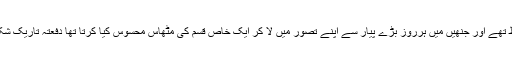
گزشتہ ملاقاتوں کے جتنے نقوش میرے دل و دماغ میں محفوظ تھے اور جنھیں میں ہرروز بڑے پیار سے اپنے تصور میں لا کر ایک خاص قسم کی مٹھاس محسوس کیا کرتا تھا دفعتہً تاریک شکل اختیار کرگئے مجھے اس کے نام ہی سے عفونت آنے لگی۔